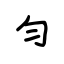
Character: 匀